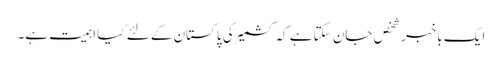
ایک باخبر شخص جان سکتا ہے کہ کشمیر کی پاکستان کے لئے کیا اہمیت ہے۔